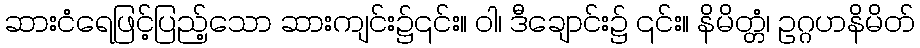
ဆားငံရေဖြင့်ပြည့်သော ဆားကျင်း၌၎င်း။ ဝါ၊ ဒီချောင်း၌ ၎င်း။ နိမိတ္တံ၊ ဥဂ္ဂဟနိမိတ်